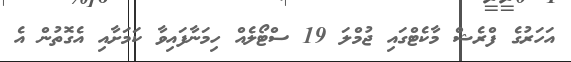
އަހަރުގެ ފްރެޝް މާކެޓްގައި ޖުމްލަ 19 ސްޓޯލެއް ހިމަނާފައިވާ ކަމަށާއި އެގޮތުން އެ